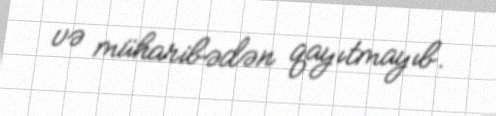
və müharibədən qayıtmayıb.